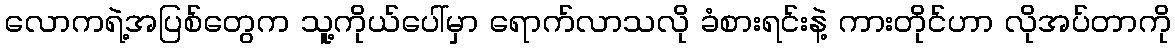
လောကရဲ့အပြစ်တွေက သူ့ကိုယ်ပေါ်မှာ ရောက်လာသလို ခံစားရင်းနဲ့ ကားတိုင်ဟာ လိုအပ်တာကို